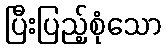
ပြီးပြည့်စုံသော